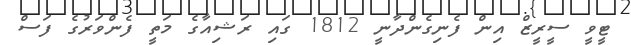
ޓީވީ ސީރީޒް އިން ފެނިގެންދާނީ 1812 ގައި ރަޝިއާގެ މަތީ ފެންވަރުގެ ފަސް